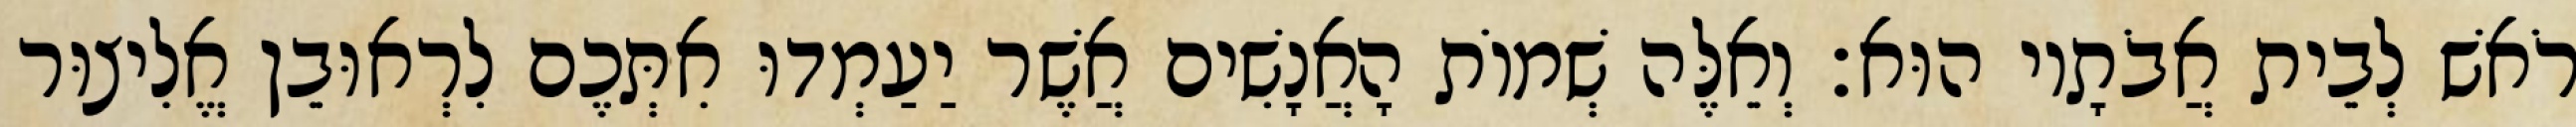
רֹאשׁ לְבֵית אֲבֹתָיו הוּא׃ וְאֵלֶּה שְׁמוֹת הָאֲנָשִׁים אֲשֶׁר יַעַמְדוּ אִתְּכֶם לִרְאוּבֵן אֱלִיצוּר